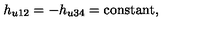
h _ { u 1 2 } = - h _ { u 3 4 } = \mathrm { c o n s t a n t } ,